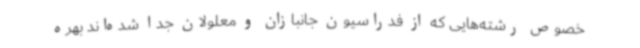
خصوص رشته‌هایی که از فدراسیون جانبازان و معلولان جدا شده‌اند بهره